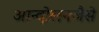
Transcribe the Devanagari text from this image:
आन्दोलनजैसे